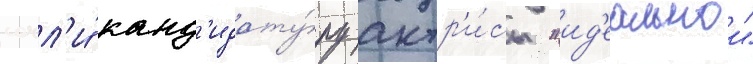
сочл'и́ канд'идату́ру актр'и́сы "ид'еальнои"